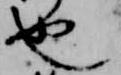
也